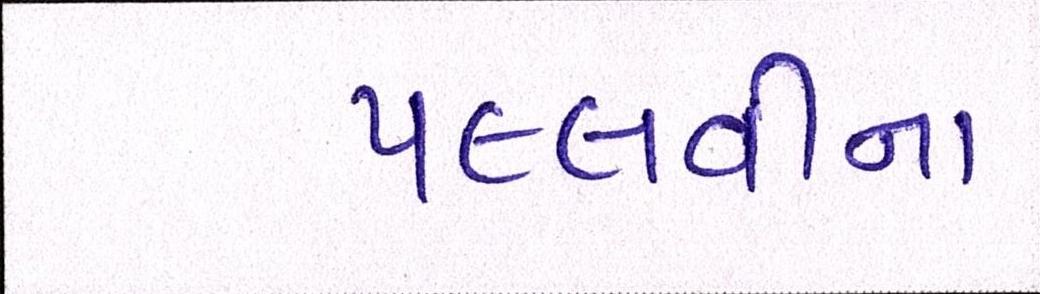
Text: પલ્લવીના